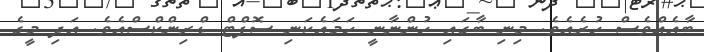
ބާއެއްވެސް ހުރެއެވެ. މިނި ބާގައި ހުންނާނީ ހަމައެކަނި ސޮފްޓް ޑްރިންކްސްއެވެ. އަދި މީގެ